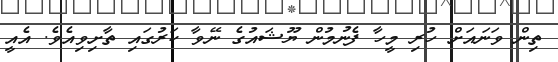
ތިން ވަނައަށް ހުރި މީހާ ފެނުމުން ޔޫޝައުގެ ނޭވާ ކަރުގައި ތާށިވިއެވެ. އެއީ